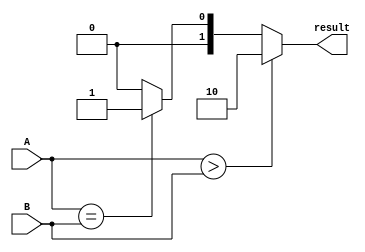
module comparator (
    input [3:0] A,
    input [3:0] B,
    output reg [1:0] result
);

always @(*) begin
    if (A > B)
        result = 2'b10; // A>B
    else if (A == B)
        result = 2'b01; // A=B
    else
        result = 2'b00; // A<B
end

endmodule